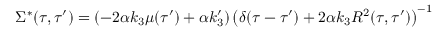
\Sigma ^ { * } ( \tau , \tau ^ { \prime } ) = ( - 2 \alpha k _ { 3 } \mu ( \tau ^ { \prime } ) + \alpha k _ { 3 } ^ { \prime } ) \left( \delta ( \tau - \tau ^ { \prime } ) + 2 \alpha k _ { 3 } R ^ { 2 } ( \tau , \tau ^ { \prime } ) \right) ^ { - 1 }